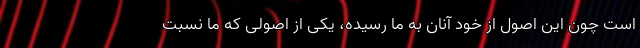
است چون این اصول از خود آنان به ما رسیده، یکی از اصولی که ما نسبت